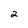
Character: 2